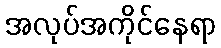
အလုပ်အကိုင်နေရာ